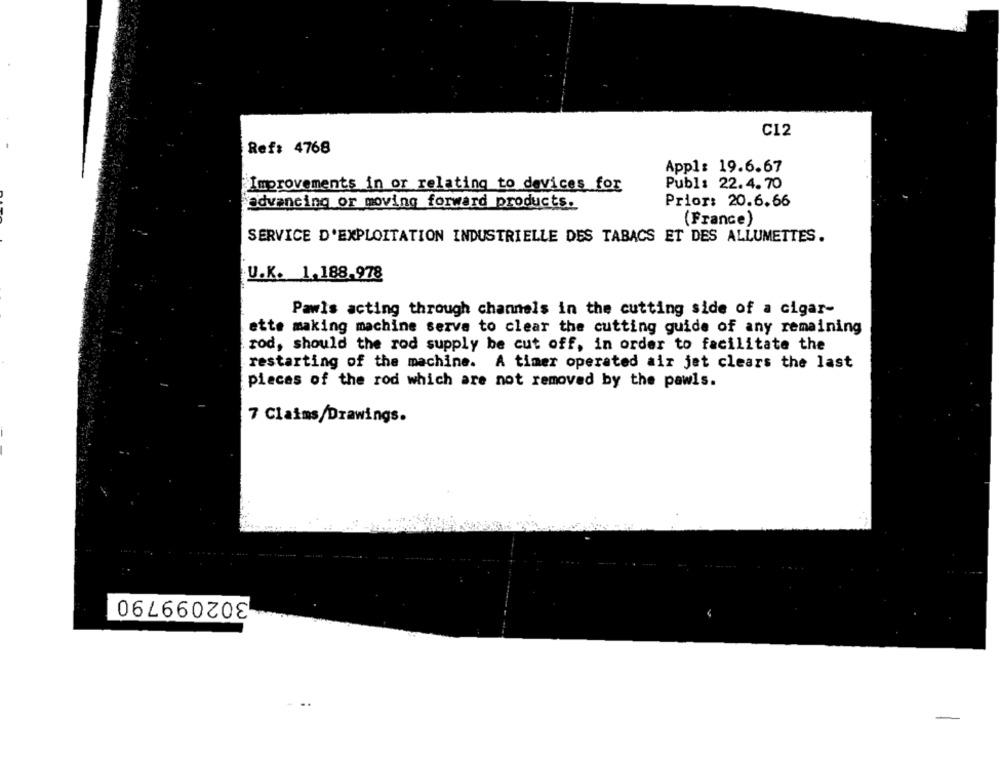
C12
Ref: 4768
App1: 19.6.67
Improvements in or relating to devices for
Publ: 22.4. 70
advancing or moving forward products.
Prior: 20.6.66
(France)
SERVICE D'EXPLOITATION INDUSTRIELLE DES TABACS ET DES ALLUMETTES.
U.K. 1.188.978
Pawis acting through channels in the cutting side of a cigar-
ette making machine serve to clear the cutting guide of any remaining
rod, should the rod supply be cut off, in order to facilitate the
restarting of the machine. A timer operated air jet clears the last
pieces of the rod which are not removed by the pawls.
7 Claims/Drawings.
302099790